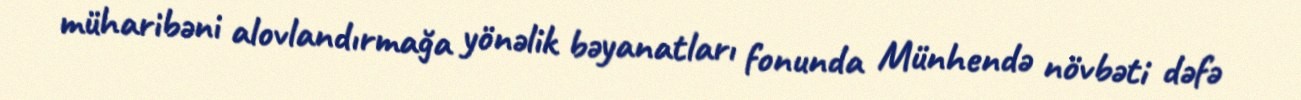
müharibəni alovlandırmağa yönəlik bəyanatları fonunda Münhendə növbəti dəfə